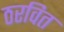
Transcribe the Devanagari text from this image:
ठरवित